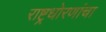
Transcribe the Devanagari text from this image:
राष्ट्रधोरणांचा